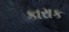
કારાક